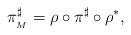
LaTeX: \begin{align*} \pi_{ _{M}}^\sharp= \rho \circ \pi^\sharp \circ \rho^*, \end{align*}